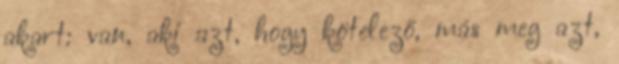
akart: van, aki azt, hogy kötelező, más meg azt,